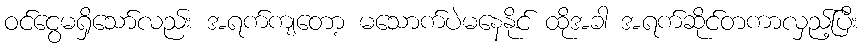
ဝင်ငွေမရှိသော်လည်း အရက်ကျတော့ မသောက်ပဲမနေနိုင် ထိုအခါ အရက်ဆိုင်တကာလှည့်ပြီး